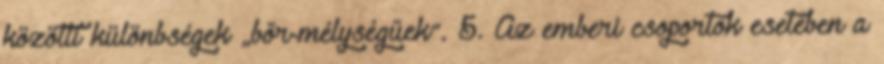
közötti különbségek „bőr-mélységűek”. 5. Az emberi csoportok esetében a